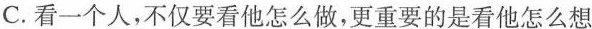
C. 看一个人，不仅要看他怎么做，更重要的是看他怎么想